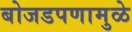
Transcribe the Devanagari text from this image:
बोजडपणामुळे